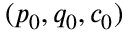
( p _ { 0 } , q _ { 0 } , c _ { 0 } )